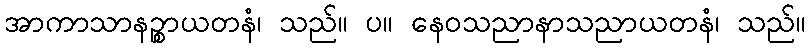
အာကာသာနဉ္စာယတနံ၊ သည်။ ပ။ နေဝသညာနာသညာယတနံ၊ သည်။